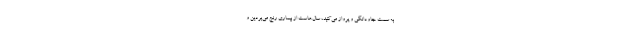
به سمت جاودانگی و پرواز می‌کنید، سال‌هاست از بیماری رنج می‌بردین و